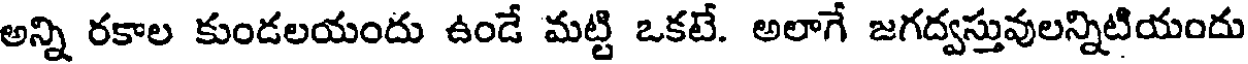
అన్ని రకాల కుండలయందు ఉండే మట్టి ఒకటే. అలాగే జగద్వస్తువులన్నిటియందు